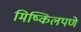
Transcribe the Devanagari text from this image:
मिष्किलपणे